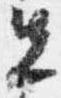
先